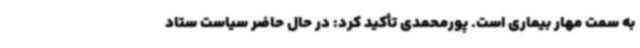
به سمت مهار بیماری است. پورمحمدی تأکید کرد: در حال حاضر سیاست ستاد